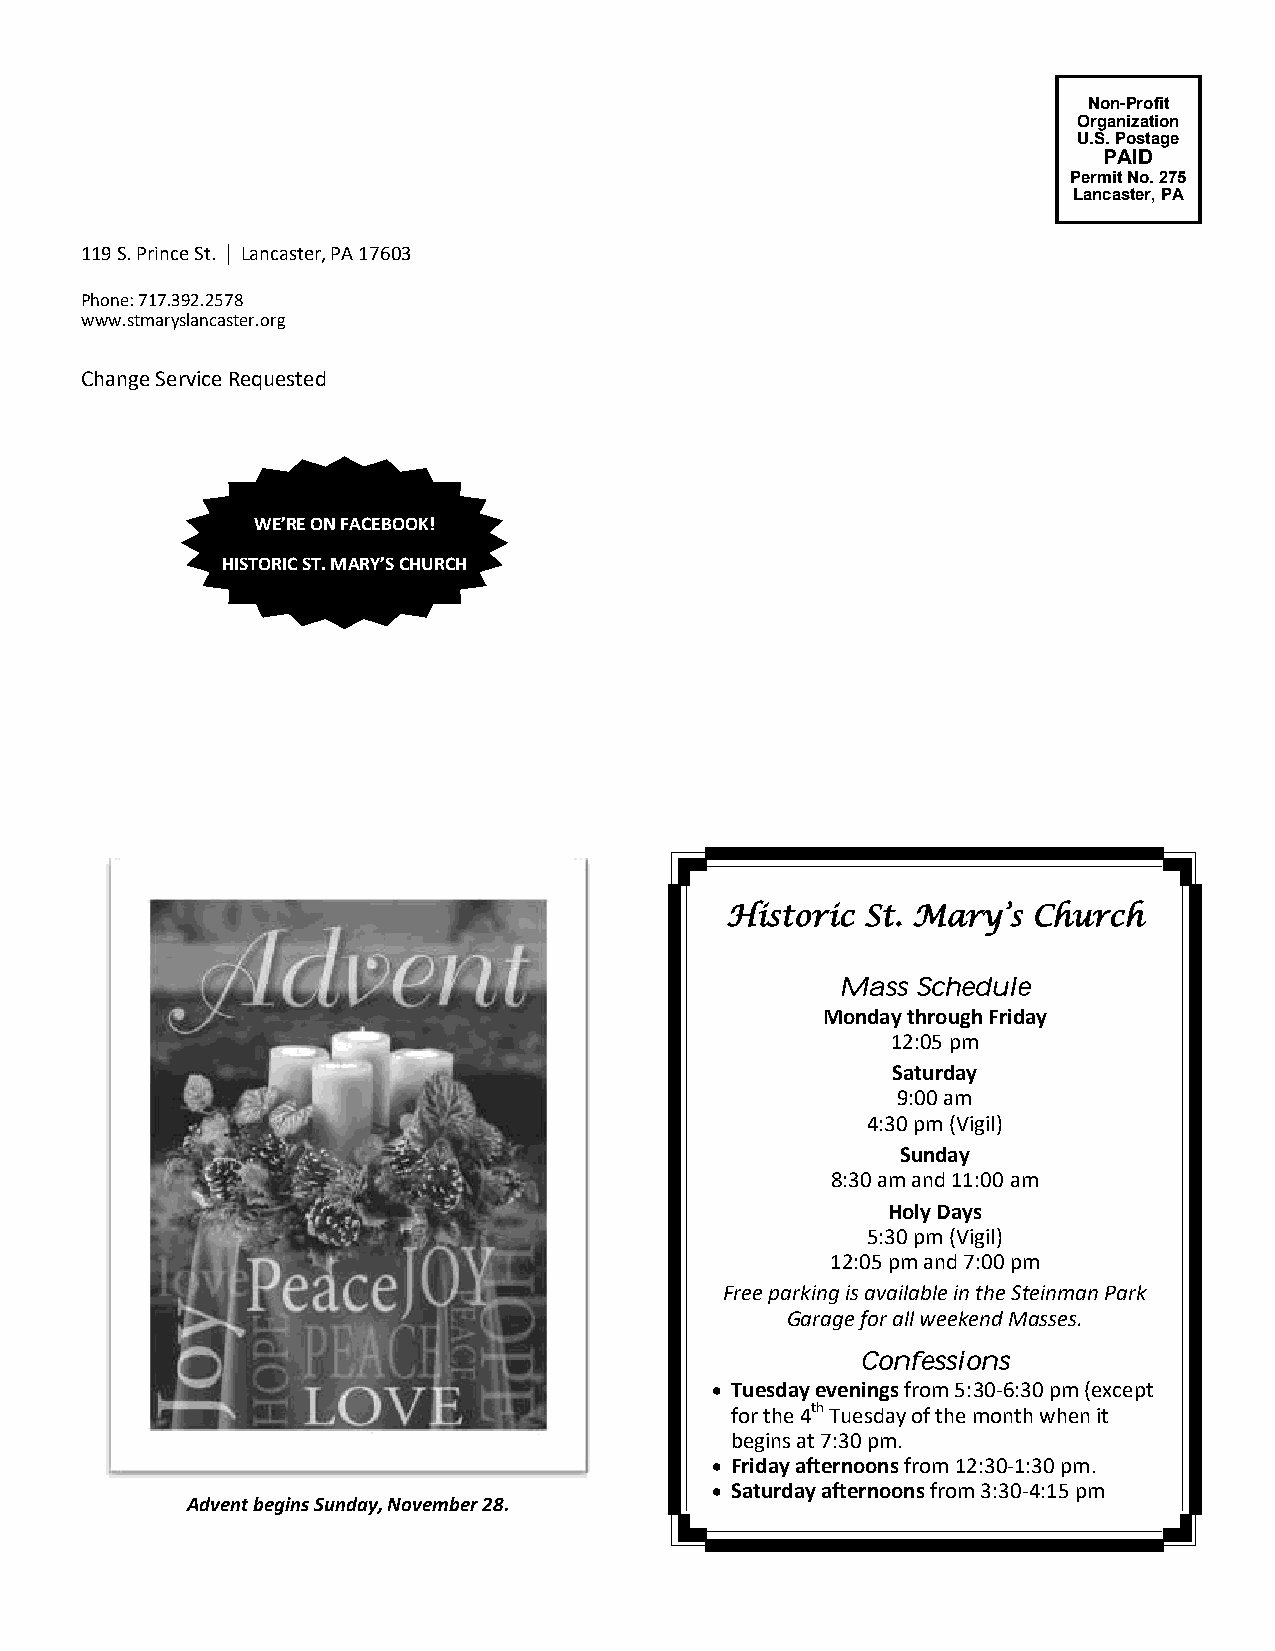
Non-Profit
 Organization
 U.S. Postage
 PAID
 Permit No. 275
 Lancaster, PA
 119 S. Prince St. | Lancaster, PA 17603
 Phone: 717.392.2578
 www.stmaryslancaster.org
 Change Service Requested
 WE’RE ON FACEBOOK!
 HISTORIC ST. MARY’S CHURCH
 Historic St. Mary’s Church
 Mass Schedule
 Monday through Friday
 12:05 pm
 Saturday
 9:00 am
 4:30 pm (Vigil)
 Sunday
 8:30 am and 11:00 am
 Holy Days
 5:30 pm (Vigil)
 12:05 pm and 7:00 pm
 Free parking is available in the Steinman Park
 Garage for all weekend Masses.
 Confessions
 • Tuesday evenings from 5:30-6:30 pm (except
 for the 4th Tuesday of the month when it
 begins at 7:30 pm.
 • Friday afternoons from 12:30-1:30 pm.
 • Saturday afternoons from 3:30-4:15 pm
 Advent begins Sunday, November 28.